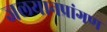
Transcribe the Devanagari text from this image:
जलयानप्रांगण